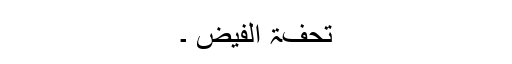
تحفۃ الفیض ۔